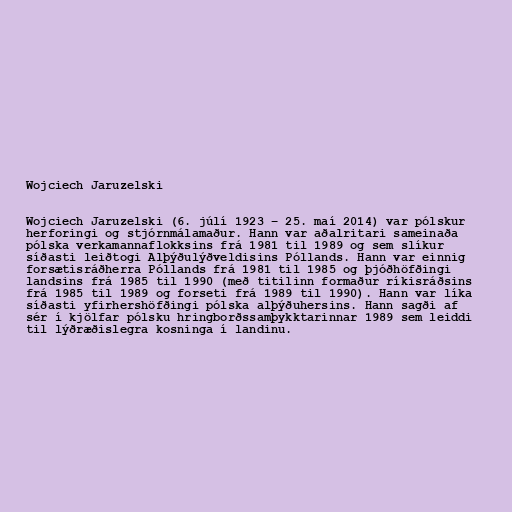
Wojciech Jaruzelski

Wojciech Jaruzelski (6. júlí 1923 − 25. maí 2014) var pólskur
herforingi og stjórnmálamaður. Hann var aðalritari sameinaða
pólska verkamannaflokksins frá 1981 til 1989 og sem slíkur
síðasti leiðtogi Alþýðulýðveldisins Póllands. Hann var einnig
forsætisráðherra Póllands frá 1981 til 1985 og þjóðhöfðingi
landsins frá 1985 til 1990 (með titilinn formaður ríkisráðsins
frá 1985 til 1989 og forseti frá 1989 til 1990). Hann var líka
síðasti yfirhershöfðingi pólska alþýðuhersins. Hann sagði af
sér í kjölfar pólsku hringborðssamþykktarinnar 1989 sem leiddi
til lýðræðislegra kosninga í landinu.